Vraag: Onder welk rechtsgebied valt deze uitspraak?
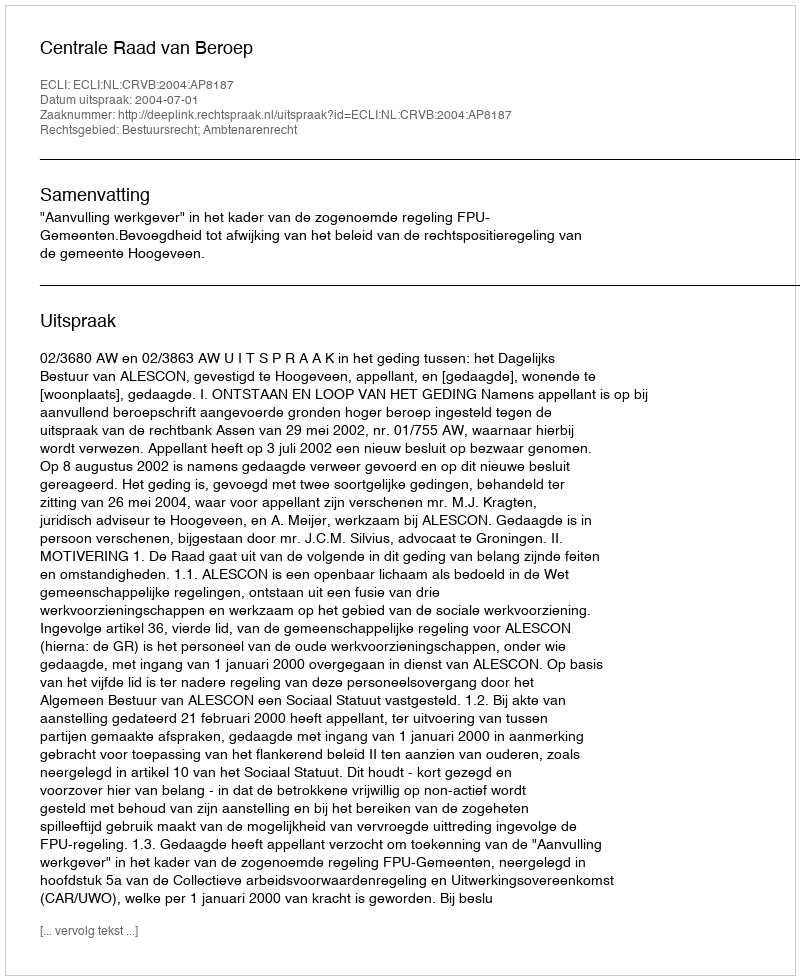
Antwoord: Bestuursrecht; Ambtenarenrecht